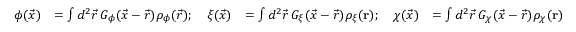
\begin{array} { r l r l } { \phi ( \vec { x } ) } & { = \int d ^ { 2 } \vec { r } \, G _ { \phi } ( \vec { x } - \vec { r } ) \rho _ { \phi } ( \vec { r } ) ; \quad \xi ( \vec { x } ) } & { = \int d ^ { 2 } \vec { r } \, G _ { \xi } ( \vec { x } - \vec { r } ) \rho _ { \xi } ( \mathbf { r } ) ; \quad \chi ( \vec { x } ) } & { = \int d ^ { 2 } \vec { r } \, G _ { \chi } ( \vec { x } - \vec { r } ) \rho _ { \chi } ( \mathbf { r } ) } \end{array}